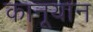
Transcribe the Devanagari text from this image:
कानूयान